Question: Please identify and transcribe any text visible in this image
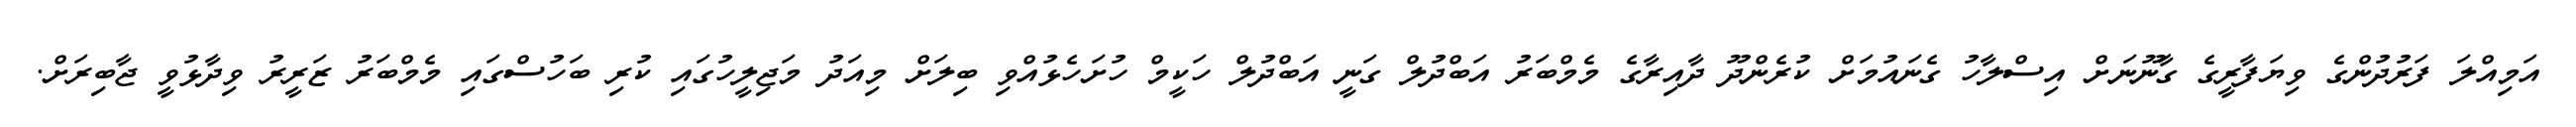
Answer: އަމިއްލަ ފަރުދުންގެ ވިޔަފާރީގެ ގާނޫނަށް އިސްލާހު ގެނައުމަށް ކުރެންދޫ ދާއިރާގެ މެމްބަރު އަބްދުލް ގަނީ އަބްދުލް ހަކީމް ހުށަހެޅުއްވި ބިލަށް މިއަދު މަޖިލީހުގައި ކުރި ބަހުސްގައި މެމްބަރު ޒަރީރު ވިދާޅުވީ ޖާބިރަށް.